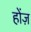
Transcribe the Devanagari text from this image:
होंज़